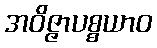
အဝိဇ္ဇာပစ္စယာဝ